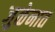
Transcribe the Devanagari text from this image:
जुळेनात